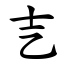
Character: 㐊